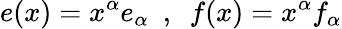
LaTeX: e(x)=x^{\alpha}e_{\alpha}\ \ ,\ \ f(x)=x^{\alpha}f_{\alpha}